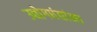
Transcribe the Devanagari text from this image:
उद्योगधंद्यांना